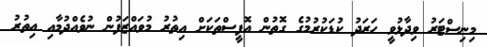
މިނިސްޓަރު ވިދާޅުވީ ހަރަދު ކުޑަކުރުމުގެ ގޮތުން އޮފީސްތަކަށް އިތުރު މުވައްޒަފުން ނުވެއްދުމާއި އިތުރު